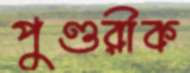
পুণ্ডরীক